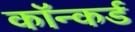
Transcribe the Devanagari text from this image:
कॉन्कर्ड